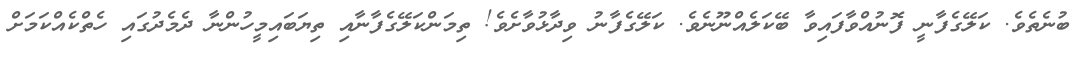
ބުނެތެވެ. ކަލޭގެފާނީ ފޮނުއްވާފައިވާ ބޭކަލެއްނޫނެވެ. ކަލޭގެފާނު ވިދާޅުވާށެވެ! ތިމަންކަލޭގެފާނާއި ތިޔަބައިމީހުންނާ ދެމެދުގައި ހެތްކެއްކަމަށް